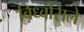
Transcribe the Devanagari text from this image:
विध्वंसिले